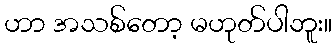
ဟာ အသစ်တော့ မဟုတ်ပါဘူး။